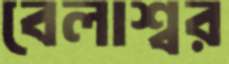
বেলাশ্বর